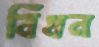
বিঁধন